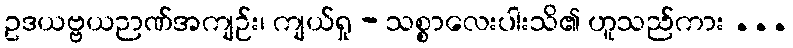
ဥဒယဗ္ဗယဉာဏ်အကျဉ်း၊ ကျယ်ရှု - သစ္စာလေးပါးသိ၏ ဟူသည်ကား ...